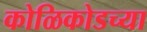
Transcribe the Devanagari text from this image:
कोळिकोडच्या